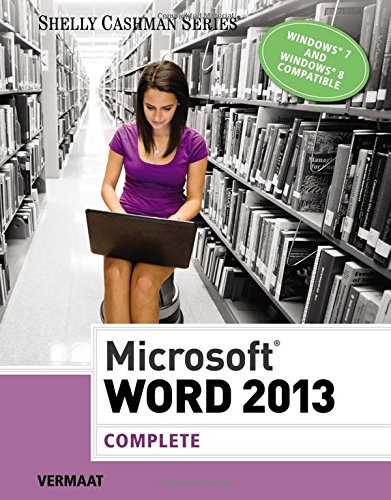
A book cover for Microsoft Word 2013: Complete (Shelly Cashman Series); Misty E. Vermaat; Computers & Technology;